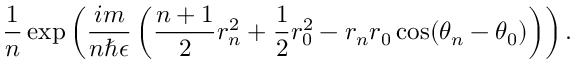
\frac { 1 } { n } \exp \left( \frac { i m } { n \hbar \epsilon } \left( \frac { n + 1 } { 2 } r _ { n } ^ { 2 } + \frac { 1 } { 2 } r _ { 0 } ^ { 2 } - r _ { n } r _ { 0 } \cos ( \theta _ { n } - \theta _ { 0 } ) \right) \right) .